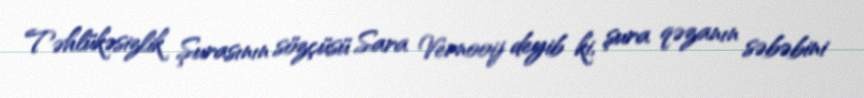
Təhlükəsizlik Şurasının sözçüsü Sara Vernooij deyib ki, şura qəzanın səbəbini